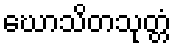
ဃောသိတသုတ္တံ